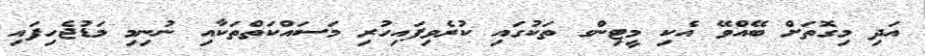
އަދި މިގޮތަށް ބޭއްވޭ އެކި މީޓިންގ ތަކުގައި ކުރެވިފައިހުރި މަސައްކަތްތަކާއި ނުނިމި މަޑުޖެހިފައި